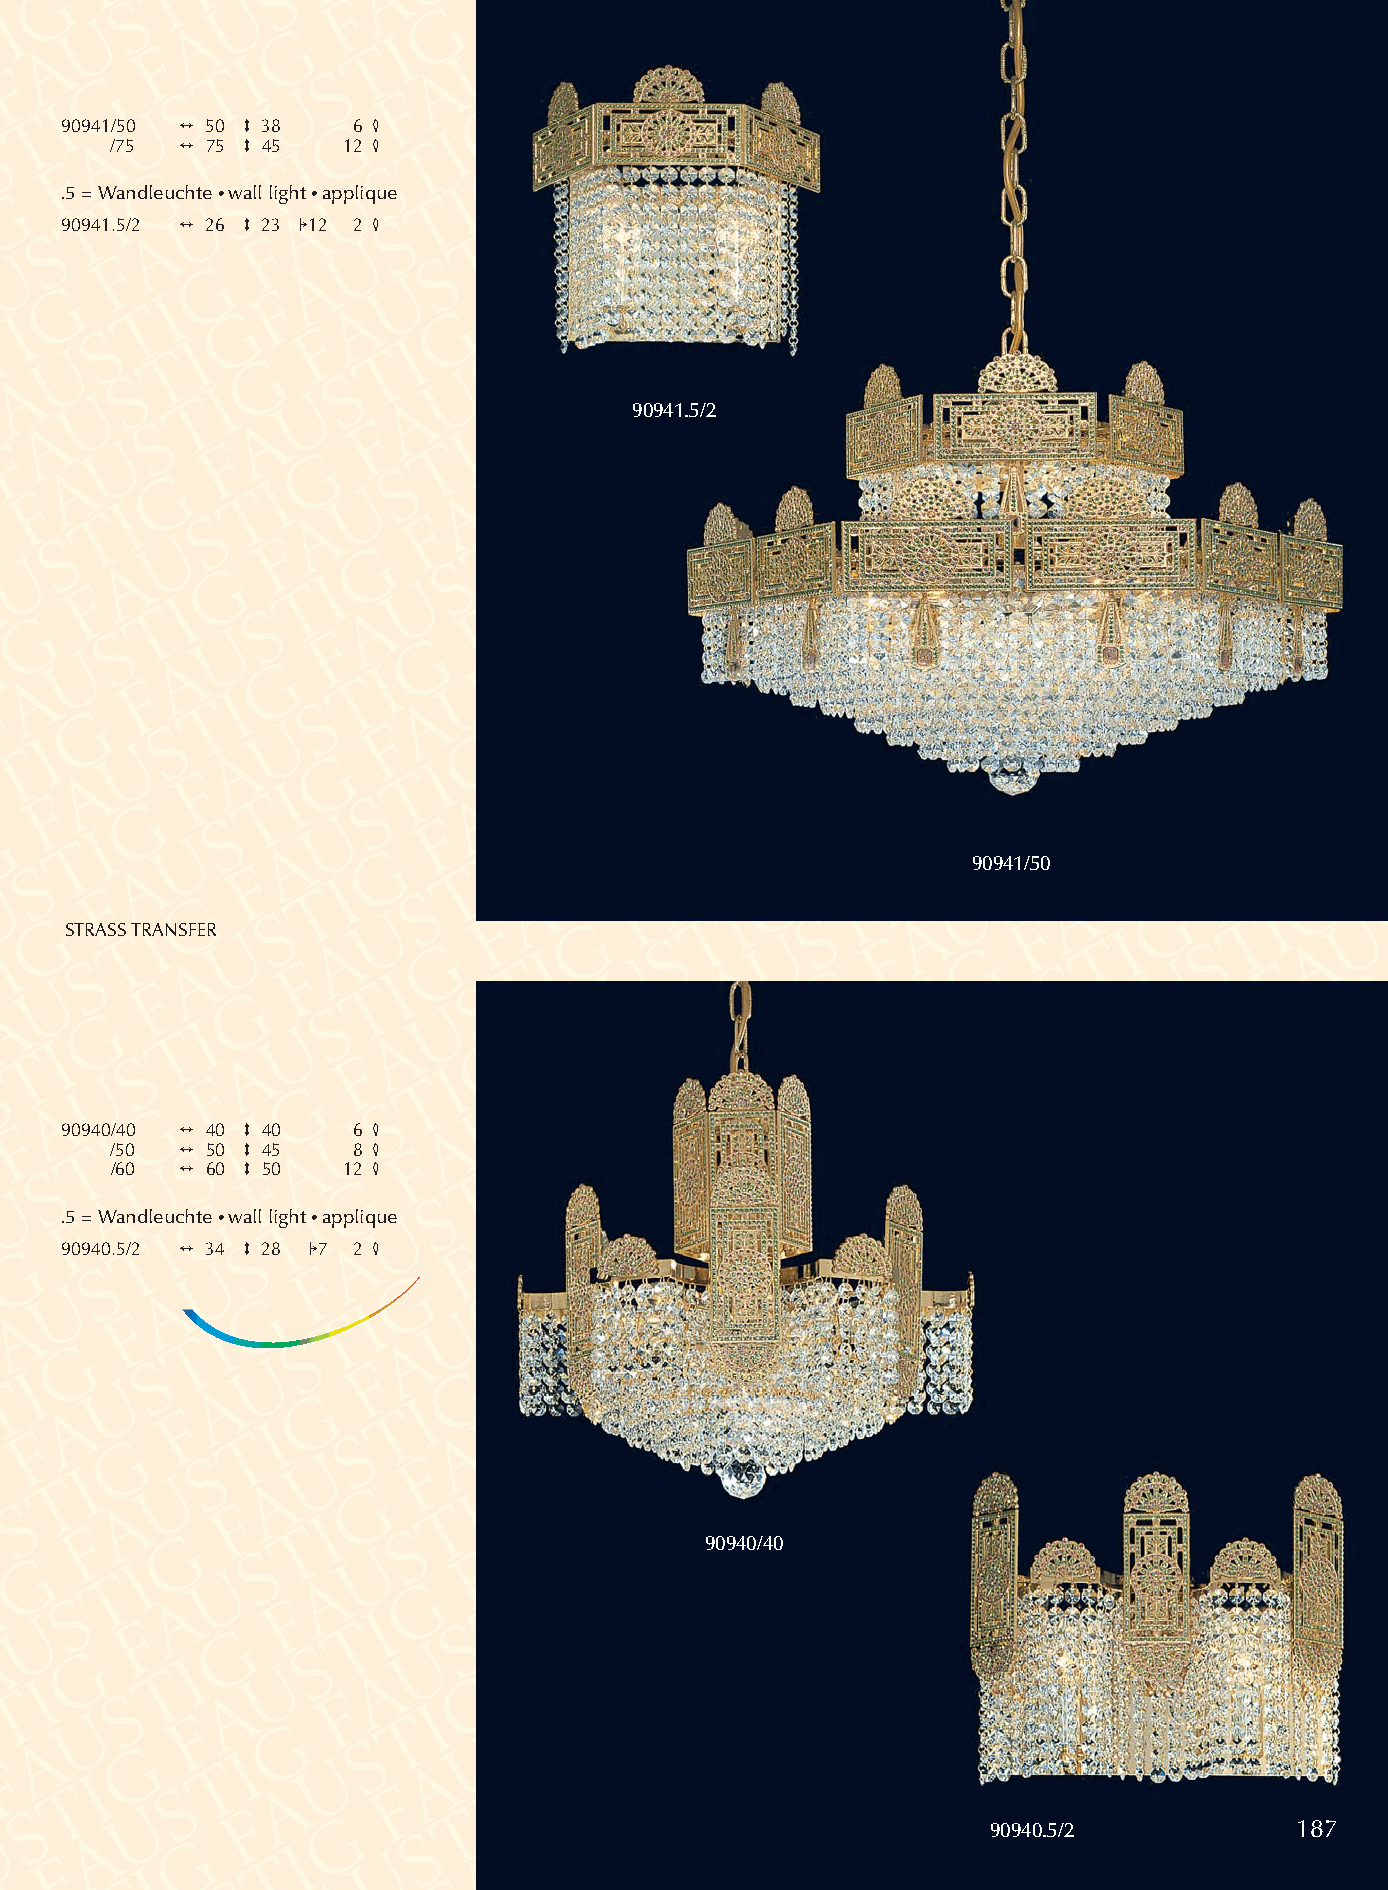
90941/50 2 50 3 38 6 4
 /75  2 75 3 45  12 4
 .5 = Wandleuchte •wall light •applique
 90941.5/2 2 26 3 23 112 2 4
 90941.5/2
 90941/50
 STRASSTRANSFER
 90940/40 2 40 3 40 6 4
 /50  2 50 3 45  8 4
 /60  2 60 3 50  12 4
 .5 = Wandleuchte •wall light •applique
 90940.5/2 2 34 3 28 17 2 4
 90940/40
 90940.5/2           187